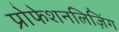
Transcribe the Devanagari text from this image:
प्रोफेशनलिज़िंग